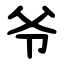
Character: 爷